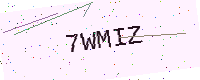
Text: 7WMIZ